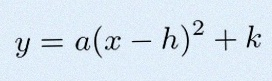
y=a(x-h)^2+k